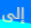
إلى